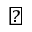
\bigstar